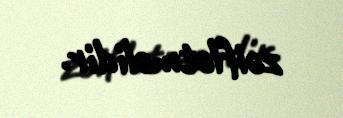
zəiflətməlidir.